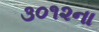
૩૦૧૨ના